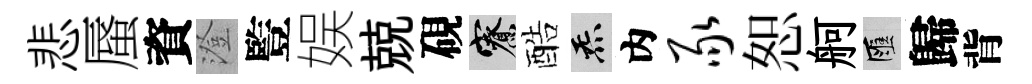
悲蜃資澄䜿娱兢硯寮酷炁内豕恕舸匯歸背